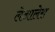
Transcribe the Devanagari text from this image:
लेआलेस